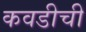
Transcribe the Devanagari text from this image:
कवडीची